Regulations for the medical services of the Army of India
Year: 1930
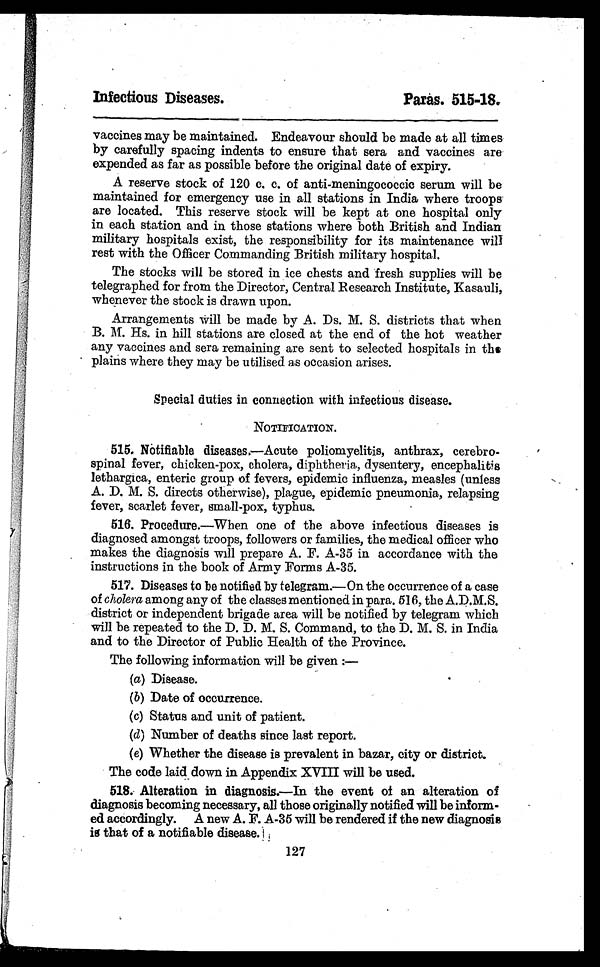
Infectious Diseases.
Paras. 515-18
vaccines may be maintained. Endeavour should be made at all times
by carefully spacing indents to ensure that sera and vaccines are
expended as far as possible before the original date of expiry.
A reserve stock of 120 c. c. of anti-meningococcic serum will be
maintained for emergency use in all stations in India where troops
are located. This reserve stock will be kept at one hospital only
in each station and in those stations where both British and Indian
military hospitals exist, the responsibility for its maintenance will
rest with the Officer Commanding British military hospital.
The stocks will be stored in ice chests and fresh supplies will be
telegraphed for from the Director, Central Research Institute, Kasauli,
whenever the stock is drawn upon.
Arrangements will be made by A. Ds. M. S. districts that when
B. M. Hs. in hill stations are closed at the end of the hot weather
any vaccines and sera remaining are sent to selected hospitals in the
plains where they may be utilised as occasion arises.
Special duties in connection with infectious disease.
NOTIFIC1ATION.
515. Notifiable diseases.—Acute poliomyelitis, anthrax, cerebro-
spinal fever, chicken-pox, cholera, diphtheria, dysentery, encephalitis
lethargica, enteric group of fevers, epidemic influenza, measles (unless
A. D. M. S. directs otherwise), plague, epidemic pneumonia, relapsing
fever, scarlet fever, small-pox, typhus.
516. Procedure.—When one of the above infectious diseases is
diagnosed amongst troops, followers or families, the medical officer who
makes the diagnosis will prepare A. F. A-35 in accordance with the
instructions in the book of Army Forms A-35.
517. Diseases to be notified by telegram.—On the occurrence of a case
of cholera among any of the classes mentioned in para. 516, the A.D.M.S.
district or independent brigade area will be notified by telegram which
will be repeated to the D. D. M. S. Command, to the D. M. S. in India
and to the Director of Public Health of the Province.
The following information will be given :-
(a)Disease.
(b)Date of occurrence.
(c)Status and unit of patient.
(d)Number of deaths since last report.
(e) Whether the disease is prevalent in bazar, city or district.
The code laid down in Appendix XVIII will be used.
518. Alteration in diagnosis.---In the event of an alteration of
diagnosis becoming necessary, all those originally notified will be inform-
ed accordingly. A new A. F. A-35 will be rendered if the new diagnosis
is that of a notifiable disease.1,
127